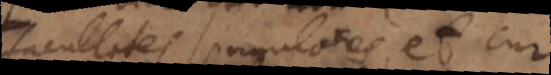
facultates singulares, et cur